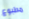
مطبوع